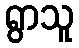
ရွာသူ